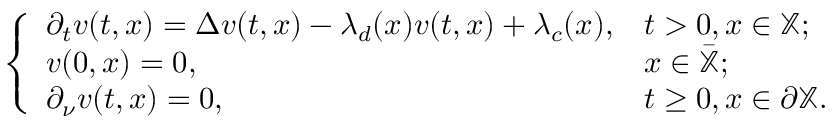
\begin{array} { r } { \left\{ \begin{array} { l l } { \partial _ { t } v ( t , x ) = \Delta v ( t , x ) - \lambda _ { d } ( x ) v ( t , x ) + \lambda _ { c } ( x ) , } & { t > 0 , x \in \mathbb { X } ; } \\ { v ( 0 , x ) = 0 , } & { x \in \bar { \mathbb { X } } ; } \\ { \partial _ { \nu } v ( t , x ) = 0 , } & { t \geq 0 , x \in \partial \mathbb { X } . } \end{array} \right. } \end{array}